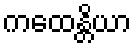
ကထေန္တိယာ